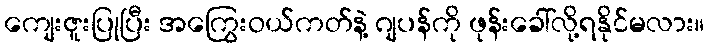
ကျေးဇူးပြုပြီး အကြွေးဝယ်ကတ်နဲ့ ဂျပန်ကို ဖုန်းခေါ်လို့ရနိုင်မလား။